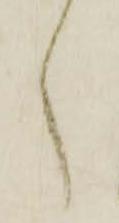
く